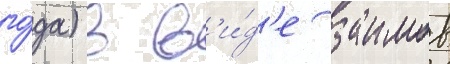
го́да) в в'и́д'е заимов